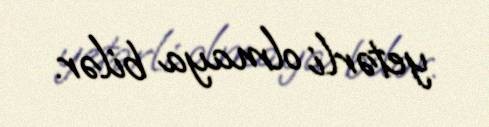
yetərli olmaya bilər.